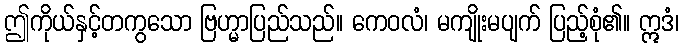
ဤကိုယ်နှင့်တကွသော ဗြဟ္မာပြည်သည်။ ကေဝလံ၊ မကျိုးမပျက် ပြည့်စုံ၏။ ဣဒံ၊